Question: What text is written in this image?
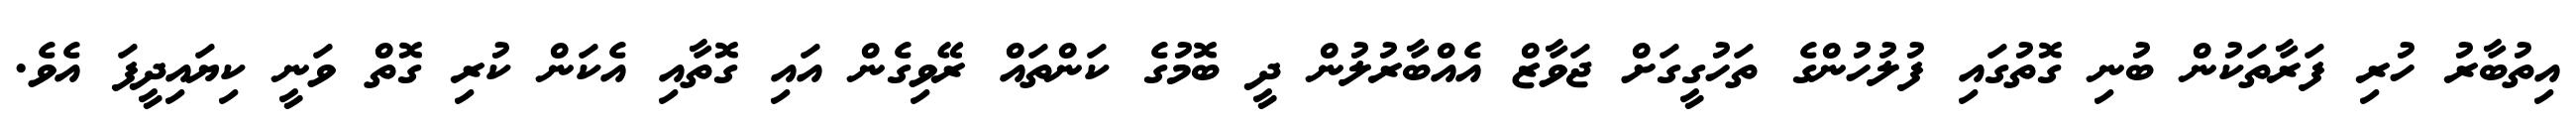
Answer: އިތުބާރު ހުރި ފަރާތަކުން ބުނި ގޮތުގައި ފުލުހުންގެ ތަހުގީގަށް ޖަވާޒް އެއްބާރުލުން ދީ ބޮމުގެ ކަންތައް ރޭވިގެން އައި ގޮތާއި އެކަން ކުރި ގޮތް ވަނީ ކިޔައިދީފަ އެވެ.